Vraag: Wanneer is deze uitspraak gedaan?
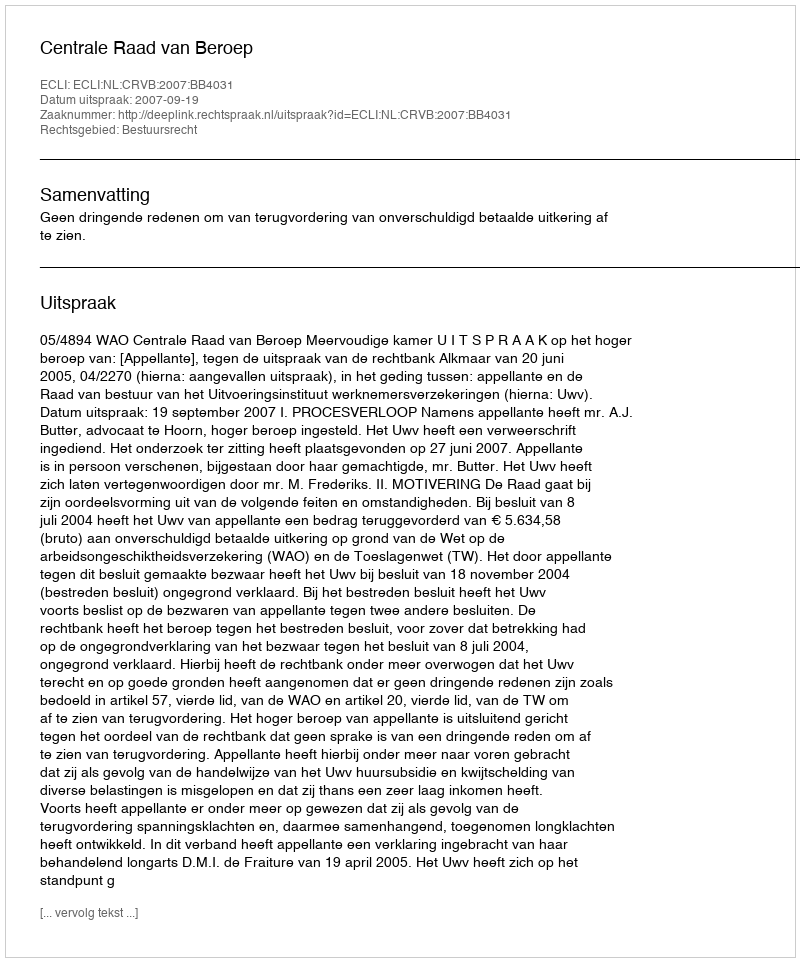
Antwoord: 2007-09-19